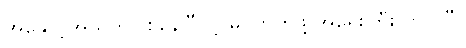
အနှောင့်အယှက်ဖြစ်နေပြီလို့ မြင်တတ်ဖို့ အရေးကြီးလာပါပြီ။